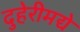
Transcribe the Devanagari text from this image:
दुहेरीमद्ये